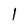
Character: l